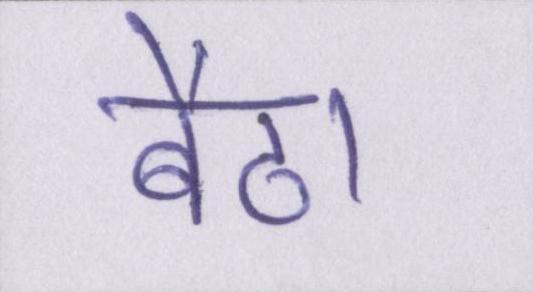
बैठा